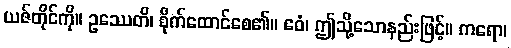
ယဇ်တိုင်ကို။ ဥဿေတိ၊ စိုက်ထောင်စေ၏။ ဧဝံ၊ ဤသို့သောနည်းဖြင့်။ ကရော၊